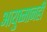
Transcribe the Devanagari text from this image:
आयुष्मानही